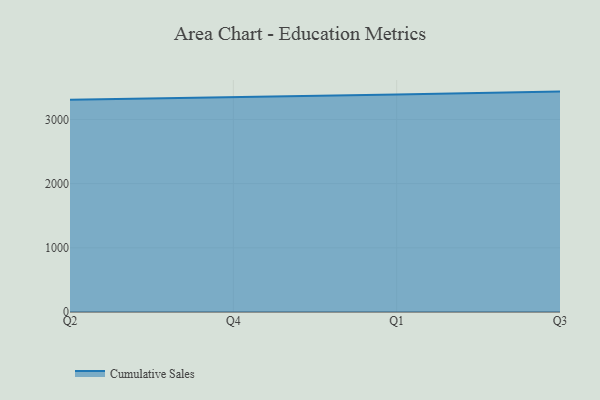
{"axis": {"x": "Quarter", "y": "Market Share (%)"}, "legend": ["Cumulative Sales"], "data": [{"x": "Q2", "y": 3306.5, "type": "Cumulative Sales"}, {"x": "Q4", "y": 3342.2, "type": "Cumulative Sales"}, {"x": "Q1", "y": 3388.7, "type": "Cumulative Sales"}, {"x": "Q3", "y": 3433.9, "type": "Cumulative Sales"}]}